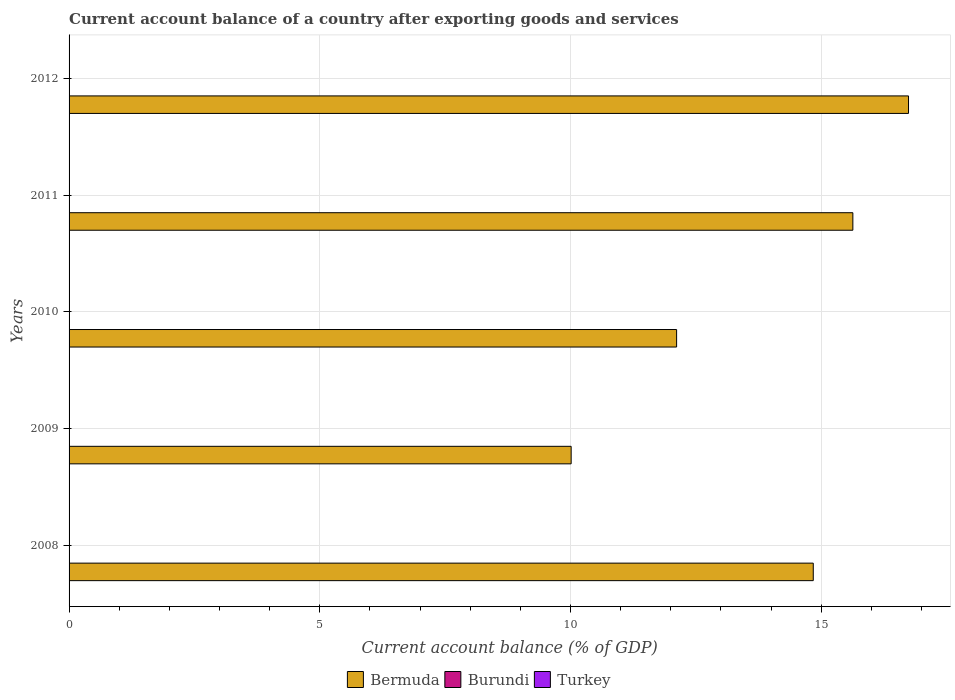
| Years | Bermuda | Burundi | Turkey |
 | --- | --- | --- | --- |
 | 2008 | 14.8 | -16.1 | -5.5 |
 | 2009 | 10 | -9.26 | -1.95 |
 | 2010 | 12.1 | -14.8 | -6.2 |
 | 2011 | 15.6 | -12 | -9.68 |
 | 2012 | 16.7 | -10.3 | -6.15 |